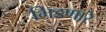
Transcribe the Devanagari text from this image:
भिडणारे